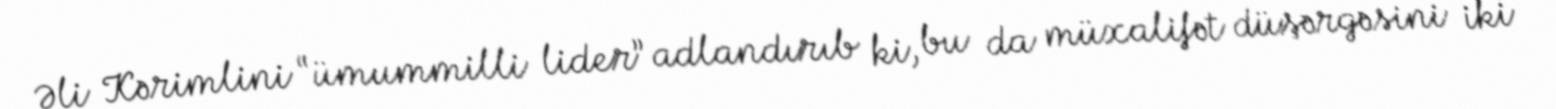
Əli Kərimlini “ümummilli lider” adlandırıb ki, bu da müxalifət düşərgəsini iki